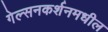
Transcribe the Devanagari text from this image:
गेल्सनकर्शनमधील